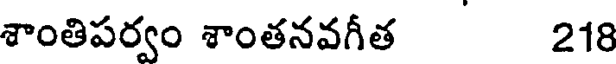
శాంతిపర్వం శాంతనవగీత 218